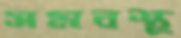
সমবস্থ